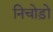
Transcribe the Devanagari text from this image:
निचोड़ो